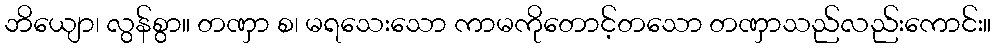
ဘိယျော၊ လွန်စွာ။ တဏှာ စ၊ မရသေးသော ကာမကိုတောင့်တသော တဏှာသည်လည်းကောင်း။